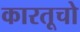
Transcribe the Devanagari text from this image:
कारतूचो